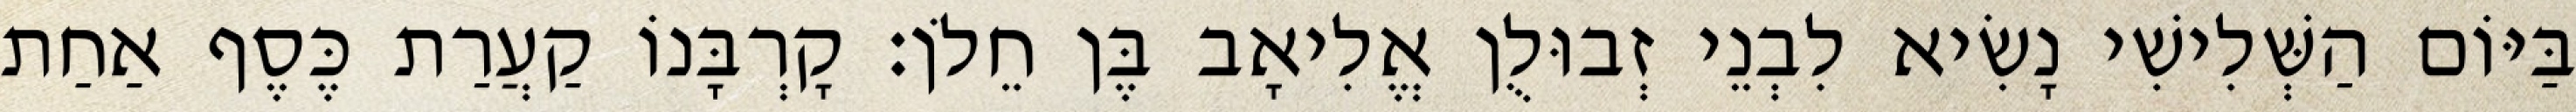
בַּיּוֹם הַשְּׁלִישִׁי נָשִׂיא לִבְנֵי זְבוּלֻן אֱלִיאָב בֶּן חֵלֹן׃ קָרְבָּנוֹ קַעֲרַת כֶּסֶף אַחַת